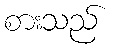
စားသည်